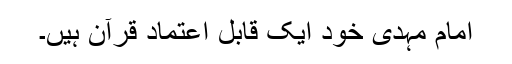
امام مہدی خود ایک قابلِ اعتماد قرآن ہیں۔